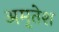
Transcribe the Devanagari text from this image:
अमृतेश